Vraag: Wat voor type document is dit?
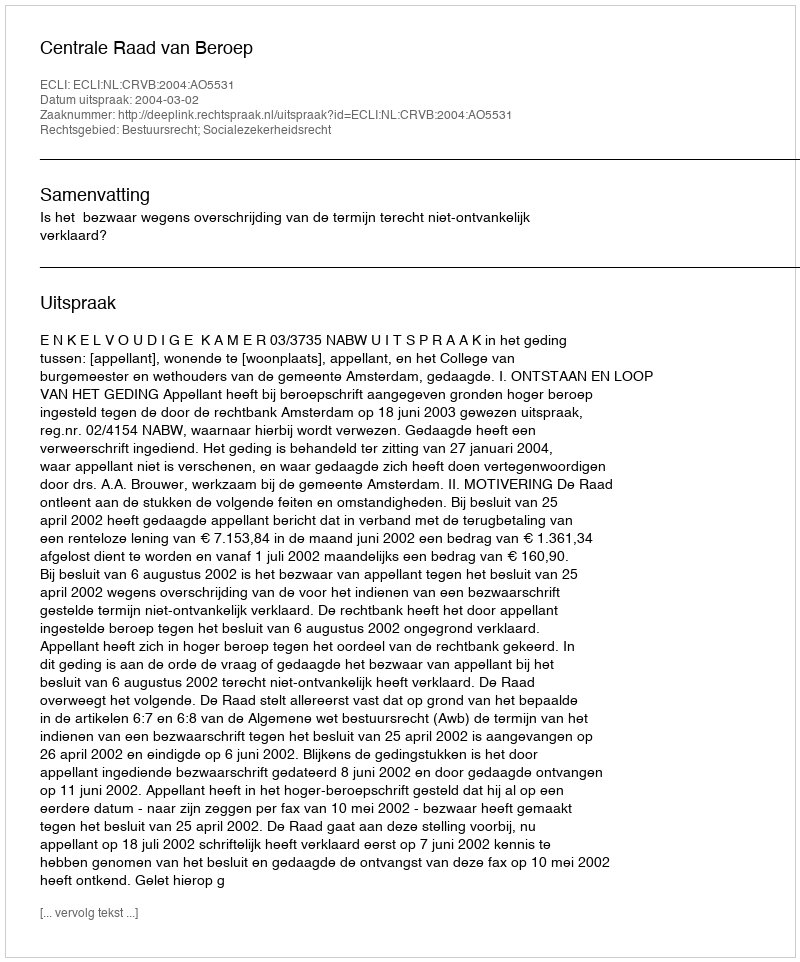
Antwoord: Uitspraak